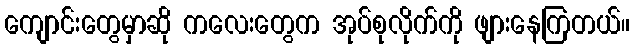
ကျောင်းတွေမှာဆို ကလေးတွေက အုပ်စုလိုက်ကို ဖျားနေကြတယ်။